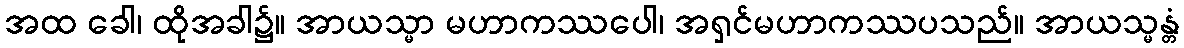
အထ ခေါ၊ ထိုအခါ၌။ အာယသ္မာ မဟာကဿပေါ၊ အရှင်မဟာကဿပသည်။ အာယသ္မန္တံ